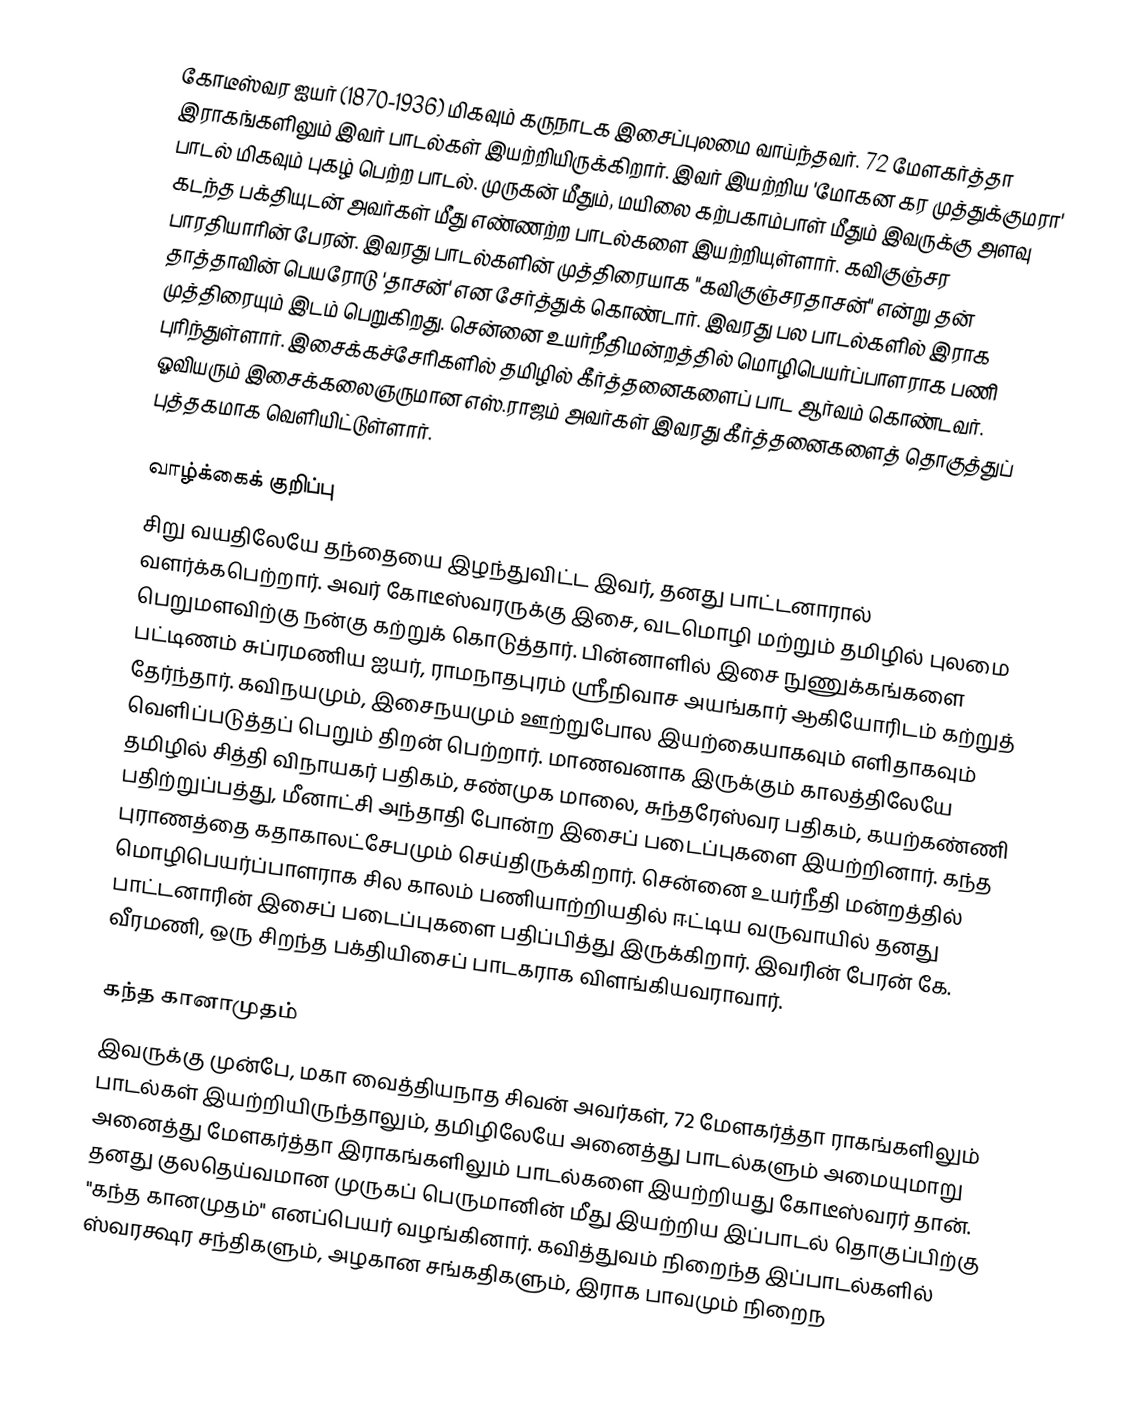
கோடீஸ்வர ஐயர் (1870-1936) மிகவும் கருநாடக இசைப்புலமை வாய்ந்தவர். 72 மேளகர்த்தா இராகங்களிலும் இவர் பாடல்கள் இயற்றியிருக்கிறார். இவர் இயற்றிய 'மோகன கர முத்துக்குமரா' பாடல் மிகவும் புகழ் பெற்ற பாடல். முருகன் மீதும், மயிலை கற்பகாம்பாள் மீதும் இவருக்கு அளவு கடந்த பக்தியுடன் அவர்கள் மீது எண்ணற்ற பாடல்களை இயற்றியுள்ளார். கவிகுஞ்சர பாரதியாரின் பேரன். இவரது பாடல்களின் முத்திரையாக "கவிகுஞ்சரதாசன்" என்று தன் தாத்தாவின் பெயரோடு 'தாசன்' என சேர்த்துக் கொண்டார். இவரது பல பாடல்களில் இராக முத்திரையும் இடம் பெறுகிறது. சென்னை உயர்நீதிமன்றத்தில் மொழிபெயர்ப்பாளராக பணி புரிந்துள்ளார். இசைக்கச்சேரிகளில் தமிழில் கீர்த்தனைகளைப் பாட ஆர்வம் கொண்டவர். ஓவியரும் இசைக்கலைஞருமான எஸ்.ராஜம் அவர்கள் இவரது கீர்த்தனைகளைத் தொகுத்துப் புத்தகமாக வெளியிட்டுள்ளார்.

வாழ்க்கைக் குறிப்பு
சிறு வயதிலேயே தந்தையை இழந்துவிட்ட இவர், தனது பாட்டனாரால் வளர்க்கபெற்றார். அவர் கோடீஸ்வரருக்கு இசை, வடமொழி மற்றும் தமிழில் புலமை பெறுமளவிற்கு நன்கு கற்றுக் கொடுத்தார். பின்னாளில் இசை நுணுக்கங்களை பட்டிணம் சுப்ரமணிய ஐயர், ராமநாதபுரம் ஸ்ரீநிவாச அயங்கார் ஆகியோரிடம் கற்றுத் தேர்ந்தார். கவிநயமும், இசைநயமும் ஊற்றுபோல இயற்கையாகவும் எளிதாகவும் வெளிப்படுத்தப் பெறும் திறன் பெற்றார். மாணவனாக இருக்கும் காலத்திலேயே தமிழில் சித்தி விநாயகர் பதிகம், சண்முக மாலை, சுந்தரேஸ்வர பதிகம், கயற்கண்ணி பதிற்றுப்பத்து, மீனாட்சி அந்தாதி போன்ற இசைப் படைப்புகளை இயற்றினார். கந்த புராணத்தை கதாகாலட்சேபமும் செய்திருக்கிறார். சென்னை உயர்நீதி மன்றத்தில் மொழிபெயர்ப்பாளராக சில காலம் பணியாற்றியதில் ஈட்டிய வருவாயில் தனது பாட்டனாரின் இசைப் படைப்புகளை பதிப்பித்து இருக்கிறார். இவரின் பேரன் கே. வீரமணி, ஒரு சிறந்த பக்தியிசைப் பாடகராக விளங்கியவராவார்.

கந்த கானாமுதம்
இவருக்கு முன்பே, மகா வைத்தியநாத சிவன் அவர்கள், 72 மேளகர்த்தா ராகங்களிலும் பாடல்கள் இயற்றியிருந்தாலும், தமிழிலேயே அனைத்து பாடல்களும் அமையுமாறு அனைத்து மேளகர்த்தா இராகங்களிலும் பாடல்களை இயற்றியது கோடீஸ்வரர் தான். தனது குலதெய்வமான முருகப் பெருமானின் மீது இயற்றிய இப்பாடல் தொகுப்பிற்கு "கந்த கானமுதம்" எனப்பெயர் வழங்கினார். கவித்துவம் நிறைந்த இப்பாடல்களில் ஸ்வரக்ஷர சந்திகளும், அழகான சங்கதிகளும், இராக பாவமும் நிறைந